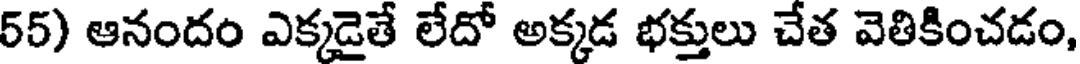
55) ఆనందం ఎక్కడైతే లేదో అక్కడ భక్తులు చేత వెతికించడం,